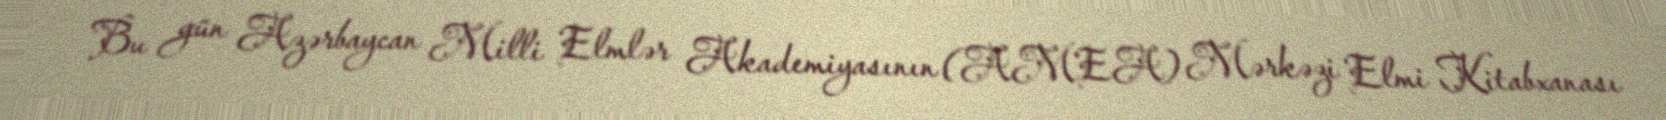
Bu gün Azərbaycan Milli Elmlər Akademiyasının (AMEA) Mərkəzi Elmi Kitabxanası